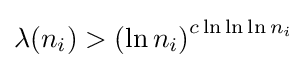
\lambda (n_{i})>\left(\ln n_{i}\right)^{c\ln \ln \ln n_{i}}